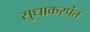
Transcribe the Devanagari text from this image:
सुधाकरपंत